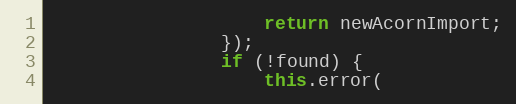
Language: JavaScript
					return newAcornImport;
				});
				if (!found) {
					this.error(